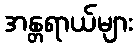
အန္တရာယ်များ